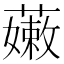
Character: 𧀒